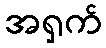
အရှက်